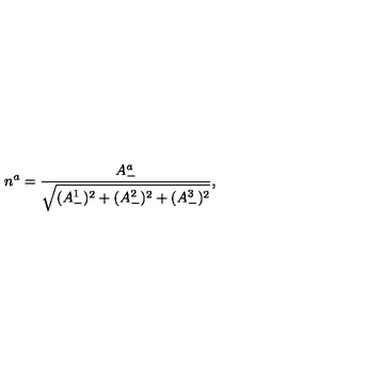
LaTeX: n ^ { a } = \frac { A _ { - } ^ { a } } { \sqrt { ( A _ { - } ^ { 1 } ) ^ { 2 } + ( A _ { - } ^ { 2 } ) ^ { 2 } + ( A _ { - } ^ { 3 } ) ^ { 2 } } } ,